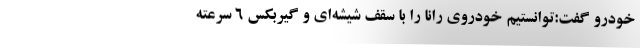
خودرو گفت:توانستیم خودروی رانا را با سقف شیشه‌ای و گیربکس ۶ سرعته